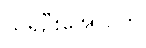
သူရဦးအောင်ကို